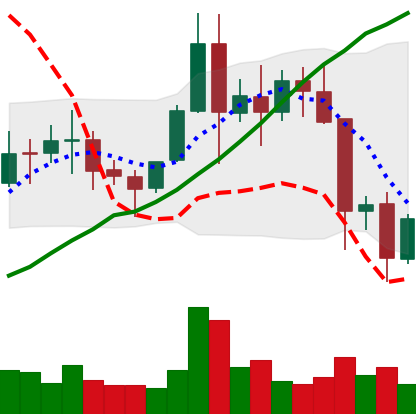
Ticker: EOS-USD
Chart end date: 2021-11-19
Forward return: -3.947%
Label: down_3_5